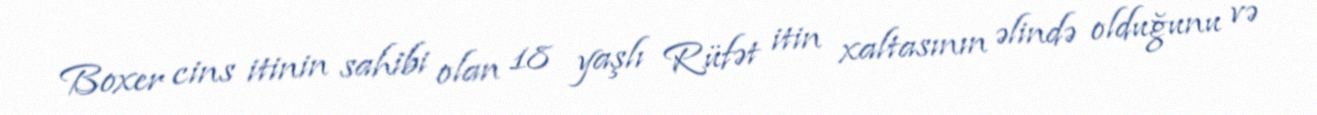
Boxer cins itinin sahibi olan 18 yaşlı Rüfət itin xaltasının əlində olduğunu və